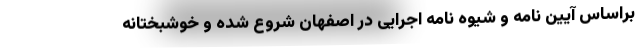
براساس آیین نامه و شیوه نامه اجرایی در اصفهان شروع شده و خوشبختانه